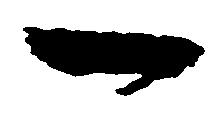
一